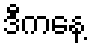
ဒီကနေ့